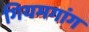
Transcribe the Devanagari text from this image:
गियमगांग